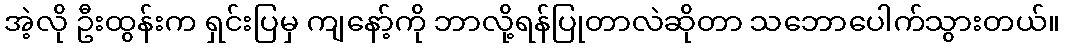
အဲ့လို ဦးထွန်းက ရှင်းပြမှ ကျနော့်ကို ဘာလို့ရန်ပြုတာလဲဆိုတာ သဘောပေါက်သွားတယ်။